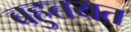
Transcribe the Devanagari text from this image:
बहुतयत